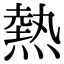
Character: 熱